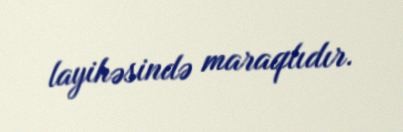
layihəsində maraqlıdır.